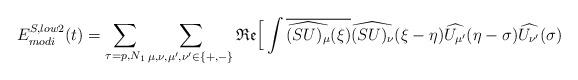
LaTeX: \begin{align*}E_{modi}^{S, low2}(t) = \sum_{\tau=p,N_1}\sum_{\mu, \nu, \mu',\nu' \in\{+,-\}}\mathfrak{Re}\Big[ \int \overline{\widehat{(SU)_{\mu}}(\xi)} \widehat{(SU)_{\nu}}(\xi-\eta) \widehat{{U}_{\mu'}}(\eta-\sigma) \widehat{{U}_{\nu'}}(\sigma) \end{align*}